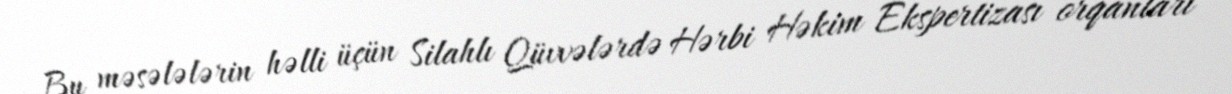
Bu məsələlərin həlli üçün Silahlı Qüvvələrdə Hərbi Həkim Ekspertizası orqanları